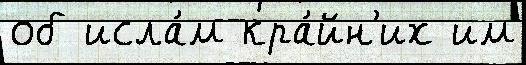
об исла́м кра́йн'их им